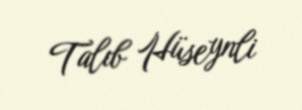
Talıb Hüseynli